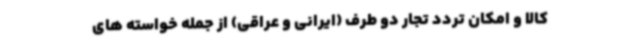
کالا و امکان تردد تجار دو طرف (ایرانی و عراقی) از جمله خواسته های